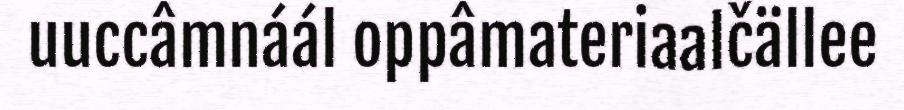
uuccâmnáál oppâmateriaalčällee